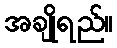
အချိုရည်။